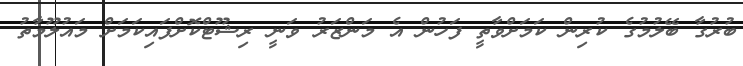
ބުރުގާ ބޭލުމުގެ ކުރިން ކަމަށްވާތީ ފަހުން އެ މަންޒަރު ވަނީ ރިޝޫޓްކޮށްފައިކަމަށް މައުލޫމާތު